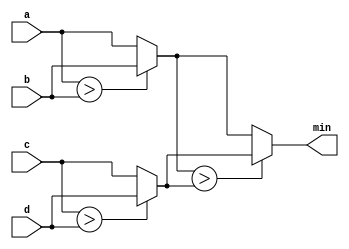
module top_module(
    input [7:0] a, b, c, d,
    output [7:0] min
);

    wire [7:0] temp1;
    wire [7:0] temp2;

    assign temp1 = a > b ? b : a;
    assign temp2 = c > d ? d : c;

    assign min = temp1 > temp2 ? temp2 : temp1;

endmodule